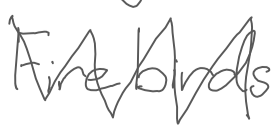
Text: Firebirds
Cross-out: zig-zag
Writing tool: digital_gray